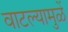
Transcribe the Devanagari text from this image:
वाटल्यामुळें